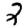
Digit: 2